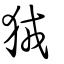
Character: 狨